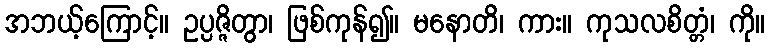
အဘယ့်ကြောင့်။ ဥပ္ပဇ္ဇိတွာ၊ ဖြစ်ကုန်၍။ မနောတိ၊ ကား။ ကုသလစိတ္တံ၊ ကို။